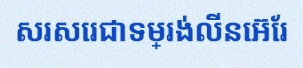
សរសេរជាទម្រង់លីនេអ៊ែរ